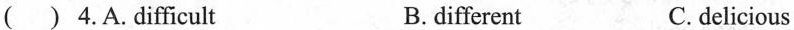
( ) 4.A.difficult B. different C. delicious